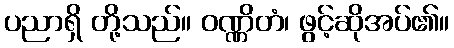
ပညာရှိ တို့သည်။ ဝဏ္ဏိတံ၊ ဖွင့်ဆိုအပ်၏။